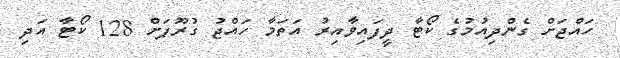
ހައްޖަށް ގެންދިއުމުގެ ކޯޓާ ދީފައިވާއިރު އަތަމާ ހައްޖު ގުރޫޕަށް 128 ކޯޓާ އަދި